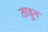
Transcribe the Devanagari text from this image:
ताडुन